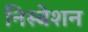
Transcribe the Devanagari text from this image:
निस्बेशन